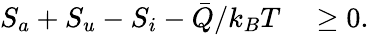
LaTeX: \begin{array}{rl}{S_{a}+S_{u}-S_{i}-\bar{Q}/k_{B}T}&{{}\geq 0.}\end{array}